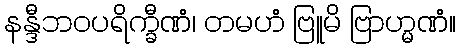
နန္ဒီဘဝပရိက္ခီဏံ၊ တမဟံ ဗြူမိ ဗြာဟ္မဏံ။